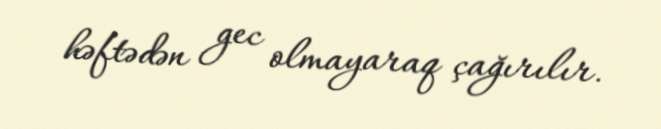
həftədən gec olmayaraq çağırılır.